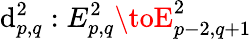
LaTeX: \mathrm{d}_{p,q}^{2}:E_{p,q}^{2}\toE_{p-2,q+1}^{2}